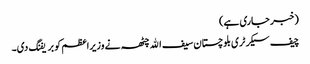
(خبر جاری ہے)
چیف سیکرٹری بلوچستان سیف الله چٹھہ نے وزیراعظم کو بریفنگ دی۔